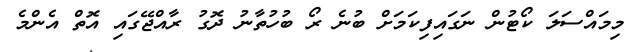
މިމައްސަލަ ކޯޓުން ނަގައިފިކަމަށް ބުނެ ރޯ ބުހުތާނު ދޮގު ރާއްޖޭގައި އޮތް އެންމެ